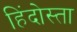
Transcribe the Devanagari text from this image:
हिंदोस्ता